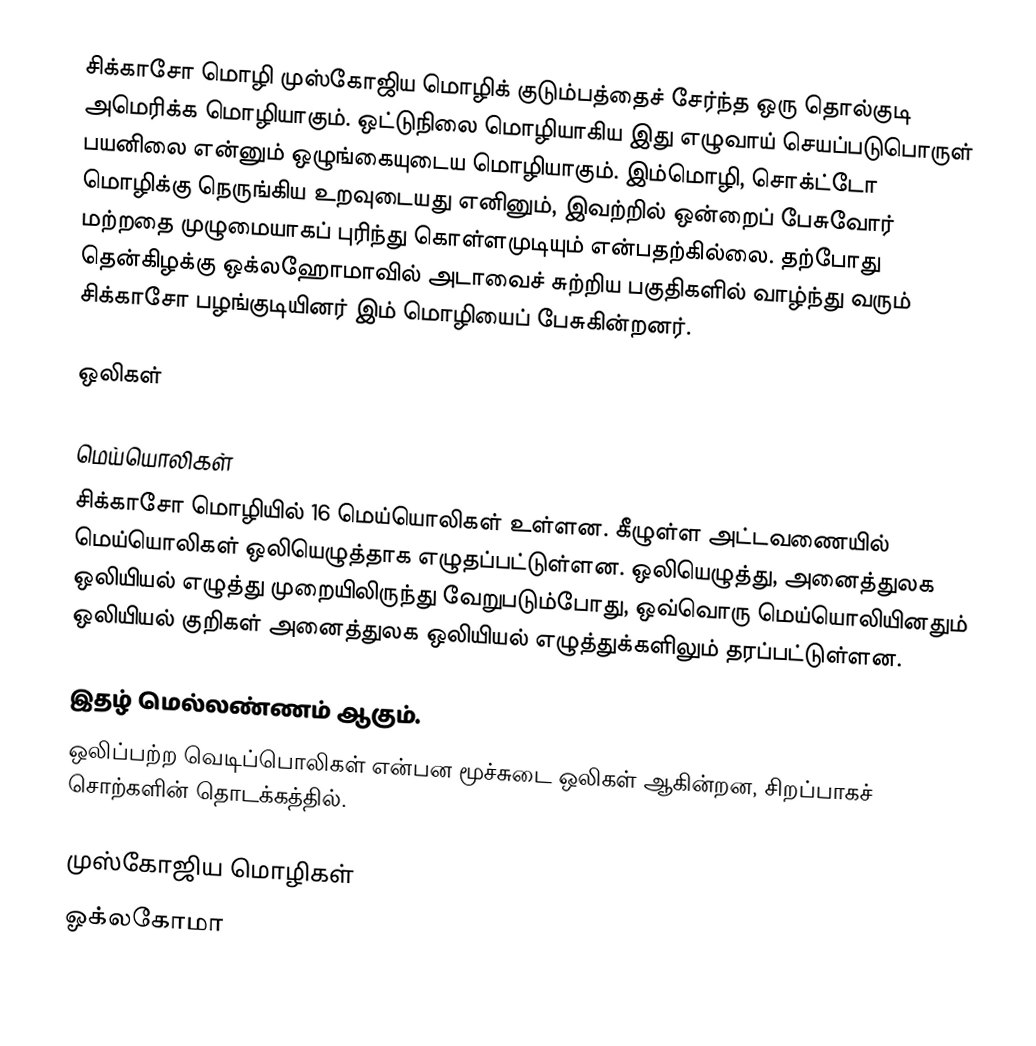
சிக்காசோ மொழி முஸ்கோஜிய மொழிக் குடும்பத்தைச் சேர்ந்த ஒரு தொல்குடி அமெரிக்க மொழியாகும். ஒட்டுநிலை மொழியாகிய இது எழுவாய் செயப்படுபொருள் பயனிலை என்னும் ஒழுங்கையுடைய மொழியாகும். இம்மொழி, சொக்ட்டோ மொழிக்கு நெருங்கிய உறவுடையது எனினும், இவற்றில் ஒன்றைப் பேசுவோர் மற்றதை முழுமையாகப் புரிந்து கொள்ளமுடியும் என்பதற்கில்லை. தற்போது தென்கிழக்கு ஒக்லஹோமாவில் அடாவைச் சுற்றிய பகுதிகளில் வாழ்ந்து வரும் சிக்காசோ பழங்குடியினர் இம் மொழியைப் பேசுகின்றனர்.

ஒலிகள்

மெய்யொலிகள்
சிக்காசோ மொழியில் 16 மெய்யொலிகள் உள்ளன. கீழுள்ள அட்டவணையில் மெய்யொலிகள் ஒலியெழுத்தாக எழுதப்பட்டுள்ளன. ஒலியெழுத்து, அனைத்துலக ஒலியியல் எழுத்து முறையிலிருந்து வேறுபடும்போது, ஒவ்வொரு மெய்யொலியினதும் ஒலியியல் குறிகள் அனைத்துலக ஒலியியல் எழுத்துக்களிலும் தரப்பட்டுள்ளன.

  இதழ் மெல்லண்ணம் ஆகும்.
 ஒலிப்பற்ற வெடிப்பொலிகள்  என்பன மூச்சுடை ஒலிகள்  ஆகின்றன, சிறப்பாகச் சொற்களின் தொடக்கத்தில்.

முஸ்கோஜிய மொழிகள்
ஓக்லகோமா